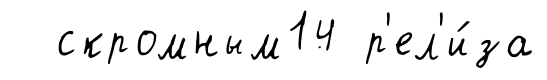
скромным14 р'ел'и́за